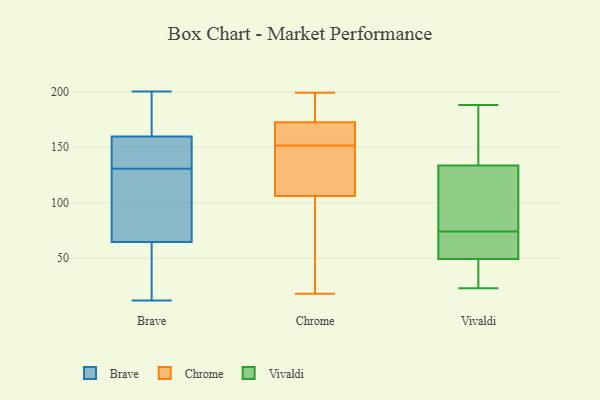
{"axis": {"x": "Population (Million)", "y": "Value"}, "legend": ["Brave", "Chrome", "Vivaldi"], "data": [{"x": "", "y": 200, "type": "Brave"}, {"x": "", "y": 85, "type": "Brave"}, {"x": "", "y": 189, "type": "Brave"}, {"x": "", "y": 77, "type": "Brave"}, {"x": "", "y": 134, "type": "Brave"}, {"x": "", "y": 14, "type": "Brave"}, {"x": "", "y": 114, "type": "Brave"}, {"x": "", "y": 136, "type": "Brave"}, {"x": "", "y": 12, "type": "Brave"}, {"x": "", "y": 190, "type": "Brave"}, {"x": "", "y": 17, "type": "Brave"}, {"x": "", "y": 164, "type": "Brave"}, {"x": "", "y": 127, "type": "Brave"}, {"x": "", "y": 25, "type": "Brave"}, {"x": "", "y": 84, "type": "Brave"}, {"x": "", "y": 155, "type": "Brave"}, {"x": "", "y": 193, "type": "Brave"}, {"x": "", "y": 52, "type": "Brave"}, {"x": "", "y": 152, "type": "Brave"}, {"x": "", "y": 137, "type": "Brave"}, {"x": "", "y": 181, "type": "Chrome"}, {"x": "", "y": 167, "type": "Chrome"}, {"x": "", "y": 142, "type": "Chrome"}, {"x": "", "y": 171, "type": "Chrome"}, {"x": "", "y": 174, "type": "Chrome"}, {"x": "", "y": 161, "type": "Chrome"}, {"x": "", "y": 116, "type": "Chrome"}, {"x": "", "y": 127, "type": "Chrome"}, {"x": "", "y": 18, "type": "Chrome"}, {"x": "", "y": 85, "type": "Chrome"}, {"x": "", "y": 199, "type": "Chrome"}, {"x": "", "y": 125, "type": "Chrome"}, {"x": "", "y": 195, "type": "Chrome"}, {"x": "", "y": 96, "type": "Chrome"}, {"x": "", "y": 162, "type": "Chrome"}, {"x": "", "y": 86, "type": "Chrome"}, {"x": "", "y": 117, "type": "Vivaldi"}, {"x": "", "y": 73, "type": "Vivaldi"}, {"x": "", "y": 74, "type": "Vivaldi"}, {"x": "", "y": 123, "type": "Vivaldi"}, {"x": "", "y": 23, "type": "Vivaldi"}, {"x": "", "y": 162, "type": "Vivaldi"}, {"x": "", "y": 65, "type": "Vivaldi"}, {"x": "", "y": 159, "type": "Vivaldi"}, {"x": "", "y": 47, "type": "Vivaldi"}, {"x": "", "y": 125, "type": "Vivaldi"}, {"x": "", "y": 188, "type": "Vivaldi"}, {"x": "", "y": 45, "type": "Vivaldi"}, {"x": "", "y": 50, "type": "Vivaldi"}]}